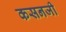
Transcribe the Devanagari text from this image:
कसनजी